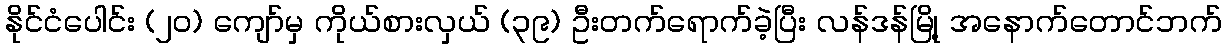
နိုင်ငံပေါင်း (၂ဝ) ကျော်မှ ကိုယ်စားလှယ် (၃၉) ဦးတက်ရောက်ခဲ့ပြီး လန်ဒန်မြို့ အနောက်တောင်ဘက်